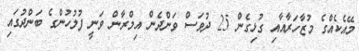
މޭއެކެއްގެ މުޒާހަރާއާއި ގުޅިގެން 25 ދުވަސް ވަންދެން އިމްރާން ވަނީ ފުލުހުންގެ ބަންދުގައި